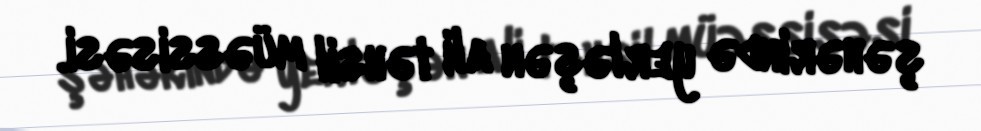
şəhərində yerləşən ali təhsil müəssisəsi.